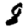
Digit: 8